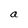
Character: a